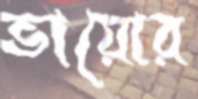
ভায়োর